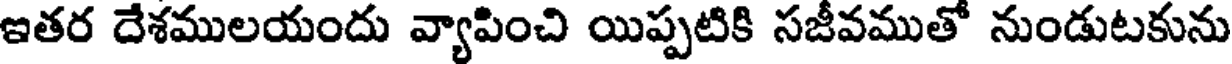
ఇతర దేశములయందు వ్యాపించి యిప్పటికి సజీవముతో నుండుటకును